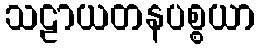
သဠာယတနပစ္စယာ